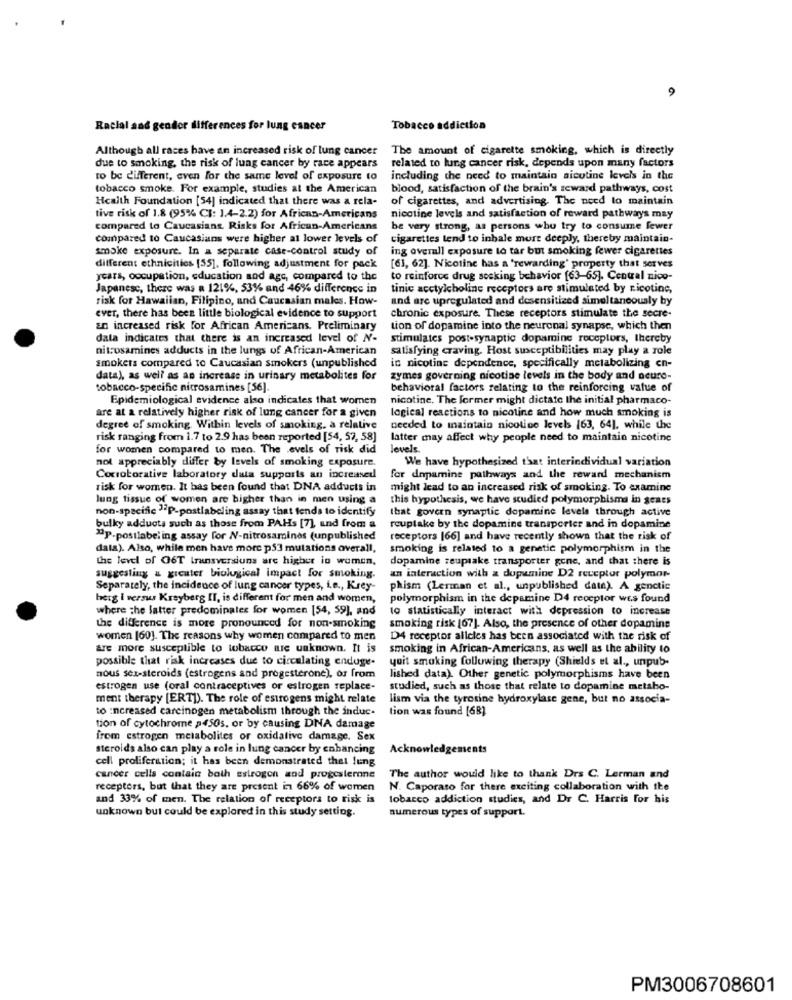
a
Racial aad gender differences for lung cancer
Tobacco addiction
Although all races have an increased risk of lung cancer
The amount of cigarette smoking, which is directly
due to smoking, the risk of lung cancer by race appears
related to lung cancer risk, depends upon many factors
to be different, even for the same level of exposure to
including the need to maintain nicotine levels in the
tobacco smoke. For example, studies at the American
blood, satisfaction of the brain's reward pathways, cost
Health Foundation [54] indicated that there was a rela-
of cigarettes, and advertising. The need to maintain
tive risk of 1.8 (95% CI: 1.4-2.2) for African-Americans
nicotine levels and satisfaction of reward pathways may
compared to Caucasians. Risks for African-Americans
be very strong, as persons who try to consume fewer
compared to Caucasians were higher at lower levels of
cigarettes tend to inhale mort deeply, thereby maintain-
smoke exposure. In a separate case-control study of
ing overall exposure to tar but smoking fewer cigarettes
different ethnicities [35], following adjustment for pack
[6], 62]. Nicotine has a 'rewarding' property that serves
years, occupation, education and age, compared to the
to reinforce drug seeking behavior [63-65]. Central nice-
Japanese, there was a 121%, 53% and 46% difference in
tinic acetylcholine receptors are stimulated by ricotinc,
risk for Hawaiian, Filipino, and Caucasian males. How-
and are upregulated and desensitized simultaneously by
ever, there has been little biological evidence to support
chronic exposure. These receptors stimulate the secre-
an increased risk for African Americans. Preliminary
tion of dopamine into the neuronal synapse, which then
data indicates that there is an increased level of N-
stimulates post-synaptic dopamine receptors, thereby
nitrosamines adducts in the lungs of African-American
satisfying craving. Host susceptibilities may play a role
smokers compared to Caucasian smokers (unpublished
in nicotine dependence, specifically metabolizing en-
data), as well as an increase in urinary metabolites for
zymes governing nicotine levels in the body and neuro-
tobacco-specific nitrosamines [56].
behavioral factors relating to the reinforcing value of
Epidemiological evidence also indicates that women
nicotine, The former might dictate the initial pharmaco-
are at a relatively higher risk of lung cancer for a given
logical reactions to nicotine and how much smoking is
degree of smoking Within levels of smoking. a relative
needed to maintain nicotine levels (63, 64], while the
risk ranging from 1.7 to 2.9 has been reported [54, 57, 58]
latter may affect why people need to maintain nicotine
for women compared to men. The evels of risk did
levels.
not appreciably differ by levels of smoking exposure.
We have hypothesized that interindividual variation
Cocroborative laboratory data supports an increased
for dopamine pathways and the reward mechanism
risk for women. It has been found that DNA adducts in
might lead to an increased risk of smoking. To examine
lung tissue of women are higher than in men using a
this hypothesis, we have studied polymorphisma in genes
non-specific ""P-postlabeling assay that tends to identify
that govern synaptic dopamine levels through active
bulky adducts such as those from PAHs [7] and from a
reuptake by the dopamine transporter and in dopamine
"p-postlabel ing assay for N-nitrosamines (unpublished
receptors [66] and have recently shows that the risk of
data). Also, while men have more ps3 mutations overall,
smoking is related to a genetic polymorphism in the
the level of O6T transversiuns are higher in women,
dopamine reuptake transporter gone, and that there is
suggesting & greater biological impact for smoking.
an interaction with a dopamine D2 receptor polymor-
Separately, the incidence of lung cancer types, i.e ., Krey-
phism (Lerman et al ., unpublished datn). A genetic
berg i versus Kreyberg II, is different for men and women,
polymorphism in the depamine D4 receptor wes found
where the latter predominales for women [54, 59], and
IG statistically interact with depression to increase
the difference is more pronounced for non-smoking
smoking risk [67]. Also, the presence of other dopamine
women [60]. The reasons why women compared to men
D4 receptor allcies has been associated with the risk of
Are more susceptible to tobacco are unknown. It is
smoking in African-Americans, as well as the ability to
possible that risk increases due to circulating enduge-
quit smoking following therapy (Shields et al ., unpub-
nous sex-steroids (estrogens and progesterone), or from
lished data). Other genetic polymorphisms have been
estrogen use (oral contraceptives or estrogen replace-
studied, such as those that relate to dopamine metabo-
ment therapy [ERT]). The role of estrogens might relate
lism via the tyrosine hydroxylase gene, but no associa-
to :ncreased carcinogen metabolism through the induc.
tion was found [68)
tion of cytochrome p450s, or by causing DNA damage
from estrogen metabolites or oxidative damage. Sex
steroids also can play a role in lung cancer by enhancing
Acknowledgements
cell proliferation; it has been demonstrated that lung
cancer cells contain both estrogen and progesterone
The author would like to thank Drs C. Lerman and
receptors, but that they are present in 66% of women
N. Caporaso for there exciting collaboration with the
and 33% of men. The relation of receptors to risk is
tobacco addiction studies, and Dr C. Harris for his
unknown but could be explored in this study setting.
numerous types of support.
PM3006708601